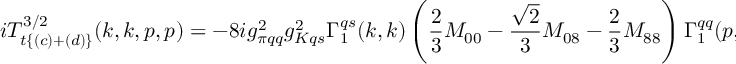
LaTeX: i T _ { t \{ ( c ) + ( d ) \} } ^ { 3 / 2 } ( k , k , p , p ) = - 8 i g _ { \pi q q } ^ { 2 } g _ { K q s } ^ { 2 } \Gamma _ { 1 } ^ { q s } ( k , k ) \left( \frac 2 3 M _ { 0 0 } - \frac { \sqrt 2 } 3 M _ { 0 8 } - \frac 2 3 M _ { 8 8 } \right) \Gamma _ { 1 } ^ { q q } ( p , p )